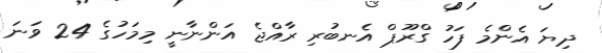
ދިޔަ އެންމެ ފަހު ގްރޫޕް އެނބުރި ރާއްޖެ އަންނާނީ މިމަހުގެ 24 ވަނަ